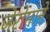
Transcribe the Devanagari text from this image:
जेरोमाने